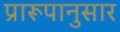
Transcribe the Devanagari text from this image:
प्रारूपानुसार